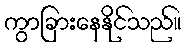
ကွာခြားနေနိုင်သည်။